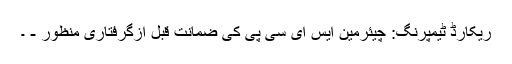
ریکارڈ ٹیمپرنگ: چیئرمین ایس ای سی پی کی ضمانت قبل ازگرفتاری منظور - ۔